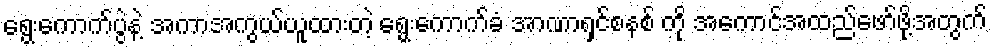
ရွေးကောက်ပွဲနဲ့ အကာအကွယ်ယူထားတဲ့ ရွေးကောက်ခံ အာဏာရှင်စနစ် ကို အကောင်အထည်ဖော်ဖို့အတွက်